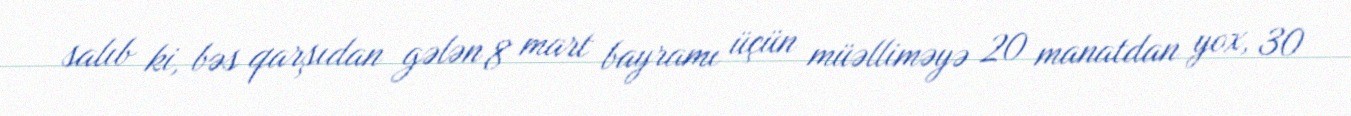
salıb ki, bəs qarşıdan gələn 8 mart bayramı üçün müəlliməyə 20 manatdan yox, 30